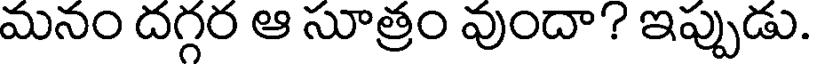
మనం దగ్గర ఆ సూత్రం వుందా ? ఇప్పుడు.